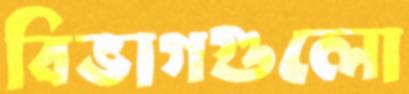
বিভাগগুলো